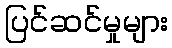
ပြင်ဆင်မှုများ